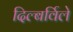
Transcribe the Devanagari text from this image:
दिल्बर्विले